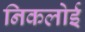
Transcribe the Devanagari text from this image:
निकलोई